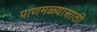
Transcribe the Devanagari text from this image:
पाणमळ्यासाठी